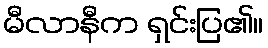
မီလာနီက ရှင်းပြ၏။